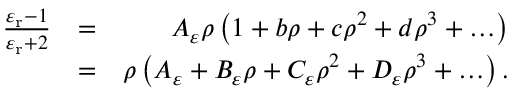
\begin{array} { r l r } { \frac { \varepsilon _ { \mathrm { r } } - 1 } { \varepsilon _ { \mathrm { r } } + 2 } } & { = } & { A _ { \varepsilon } \rho \left( 1 + b \rho + c \rho ^ { 2 } + d \rho ^ { 3 } + \ldots \right) } \\ & { = } & { \rho \left( A _ { \varepsilon } + B _ { \varepsilon } \rho + C _ { \varepsilon } \rho ^ { 2 } + D _ { \varepsilon } \rho ^ { 3 } + \ldots \right) . } \end{array}